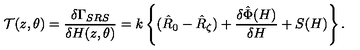
{ \cal T } ( z , \theta ) = \frac { \delta \Gamma _ { S R S } } { \delta H ( z , \theta ) } = k \left\{ ( \hat { R } _ { 0 } - \hat { R } _ { \zeta } ) + \frac { \delta \hat { \Phi } ( H ) } { \delta H } + S ( H ) \right\} .